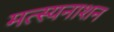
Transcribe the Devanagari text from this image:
मत्स्यनाशन